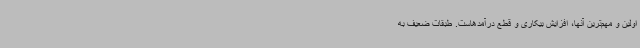
اولین و مهم‌ترین آنها، افزایش بیکاری و قطع درآمدهاست. طبقات ضعیف به